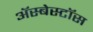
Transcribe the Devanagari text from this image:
ॲस्बेस्टॉस